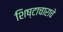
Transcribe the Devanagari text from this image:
शिष्टाचाराचे